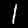
Label: 1